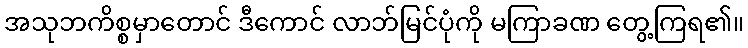
အသုဘကိစ္စမှာတောင် ဒီကောင် လာဘ်မြင်ပုံကို မကြာခဏ တွေ့ကြရ၏။